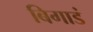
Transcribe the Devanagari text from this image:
बिगाडं